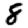
Digit: 8